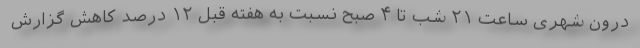
درون شهری ساعت ۲۱ شب تا ۴ صبح نسبت به هفته قبل ۱۲ درصد کاهش گزارش